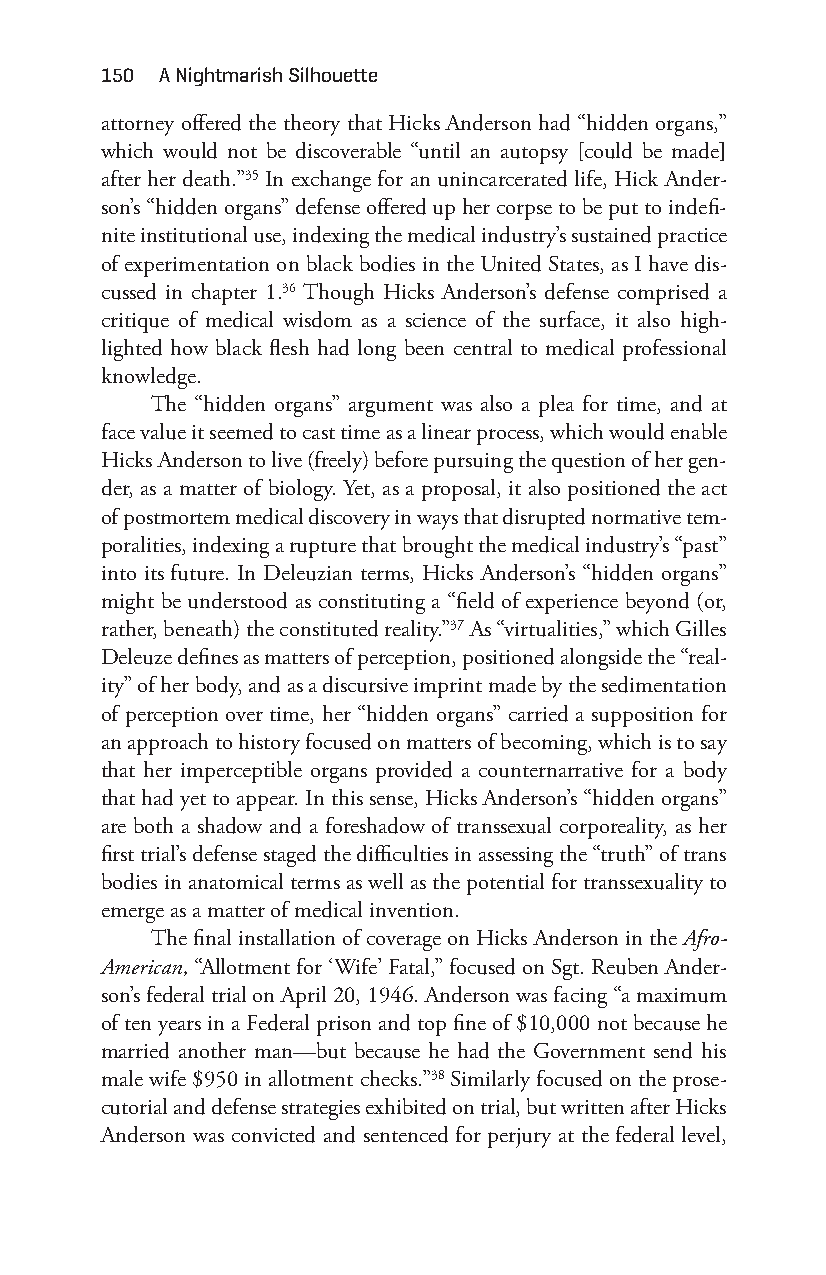
150 a nightmarish Silhouette
 attorney offered the theory that Hicks Anderson had “hidden organs,”
 which would not be discoverable “until an autopsy [could be made]
 after her death.”35 In exchange for an unincarcerated life, Hick Ander-
 son’s “hidden organs” defense offered up her corpse to be put to indefi-
 nite institutional use, indexing the medical industry’s sustained practice
 of experimentation on black bodies in the United States, as I have dis-
 cussed in chapter 1.36 Though Hicks Anderson’s defense comprised a
 critique of medical wisdom as a science of the surface, it also high-
 lighted how black flesh had long been central to medical professional
 knowledge.
 The “hidden organs” argument was also a plea for time, and at
 face value it seemed to cast time as a linear process, which would enable
 Hicks Anderson to live (freely) before pursuing the question of her gen-
 der, as a matter of biology. Yet, as a proposal, it also positioned the act
 of postmortem medical discovery in ways that disrupted normative tem-
 poralities, indexing a rupture that brought the medical industry’s “past”
 into its future. In Deleuzian terms, Hicks Anderson’s “hidden organs”
 might be understood as constituting a “field of experience beyond (or,
 rather, beneath) the constituted reality.”37 As “virtualities,” which Gilles
 Deleuze defines as matters of perception, positioned alongside the “real-
 ity” of her body, and as a discursive imprint made by the sedimentation
 of perception over time, her “hidden organs” carried a supposition for
 an approach to history focused on matters of becoming, which is to say
 that her imperceptible organs provided a counternarrative for a body
 that had yet to appear. In this sense, Hicks Anderson’s “hidden organs”
 are both a shadow and a foreshadow of transsexual corporeality, as her
 first trial’s defense staged the difficulties in assessing the “truth” of trans
 bodies in anatomical terms as well as the potential for transsexuality to
 emerge as a matter of medical invention.
 The final installation of coverage on Hicks Anderson in the Afro-
 American, “Allotment for ‘Wife’ Fatal,” focused on Sgt. Reuben Ander-
 son’s federal trial on April 20, 1946. Anderson was facing “a maximum
 of ten years in a Federal prison and top fine of $10,000 not because he
 married another man— but because he had the Government send his
 male wife $950 in allotment checks.”38 Similarly focused on the prose-
 cutorial and defense strategies exhibited on trial, but written after Hicks
 Anderson was convicted and sentenced for perjury at the federal level,
 Snorton.indd 150                            29/09/2017 8:41:06 AM